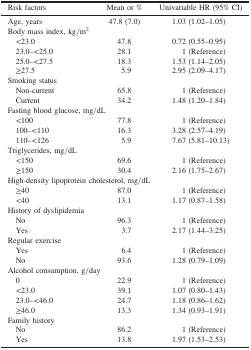
<table><thead><tr><td><b>Risk factors</b></td><td><b>Mean or %</b></td><td><b>Univariable HR (95% CI)</b></td></tr></thead><tbody><tr><td>Age, years</td><td>47.8 (7.0)</td><td>1.03 (1.02–1.05)</td></tr><tr><td colspan="3">Body mass index, kg/m<sup>2</sup></td></tr><tr><td> &lt;23.0</td><td>47.8</td><td>0.72 (0.55–0.95)</td></tr><tr><td> 23.0–&lt;25.0</td><td>28.1</td><td>1 (Reference)</td></tr><tr><td> 25.0–&lt;27.5</td><td>18.3</td><td>1.53 (1.14–2.05)</td></tr><tr><td> ≥27.5</td><td>5.9</td><td>2.95 (2.09–4.17)</td></tr><tr><td colspan="3">Smoking status</td></tr><tr><td> Non-current</td><td>65.8</td><td>1 (Reference)</td></tr><tr><td> Current</td><td>34.2</td><td>1.48 (1.20–1.84)</td></tr><tr><td colspan="3">Fasting blood glucose, mg/dL</td></tr><tr><td> &lt;100</td><td>77.8</td><td>1 (Reference)</td></tr><tr><td> 100–&lt;110</td><td>16.3</td><td>3.28 (2.57–4.19)</td></tr><tr><td> 110–&lt;126</td><td>5.9</td><td>7.67 (5.81–10.13)</td></tr><tr><td colspan="3">Triglycerides, mg/dL</td></tr><tr><td> &lt;150</td><td>69.6</td><td>1 (Reference)</td></tr><tr><td> ≥150</td><td>30.4</td><td>2.16 (1.75–2.67)</td></tr><tr><td colspan="3">High-density lipoprotein cholesterol, mg/dL</td></tr><tr><td> ≥40</td><td>87.0</td><td>1 (Reference)</td></tr><tr><td> &lt;40</td><td>13.1</td><td>1.17 (0.87–1.58)</td></tr><tr><td colspan="3">History of dyslipidemia</td></tr><tr><td> No</td><td>96.3</td><td>1 (Reference)</td></tr><tr><td> Yes</td><td>3.7</td><td>2.17 (1.44–3.25)</td></tr><tr><td colspan="3">Regular exercise</td></tr><tr><td> Yes</td><td>6.4</td><td>1 (Reference)</td></tr><tr><td> No</td><td>93.6</td><td>1.28 (0.79–1.09)</td></tr><tr><td colspan="3">Alcohol consumption, g/day</td></tr><tr><td> 0</td><td>22.9</td><td>1 (Reference)</td></tr><tr><td> &lt;23.0</td><td>39.1</td><td>1.07 (0.80–1.43)</td></tr><tr><td> 23.0–&lt;46.0</td><td>24.7</td><td>1.18 (0.86–1.62)</td></tr><tr><td> ≥46.0</td><td>13.3</td><td>1.34 (0.93–1.91)</td></tr><tr><td colspan="3">Family history</td></tr><tr><td> No</td><td>86.2</td><td>1 (Reference)</td></tr><tr><td> Yes</td><td>13.8</td><td>1.97 (1.53–2.53)</td></tr></tbody></table>